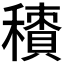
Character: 𥢼